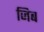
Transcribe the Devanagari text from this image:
जिब